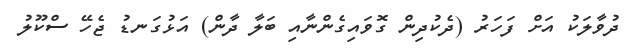
ދުވާލަކު އަށް ފަހަރު (ދެކުދިން ގޮވައިގެންނާއި ބަލާ ދާން) އަޅުގަނޑު ޖެހޭ ސްކޫލު